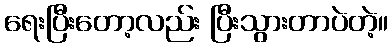
ရေးပြီးတော့လည်း ပြီးသွားတာပဲတဲ့။